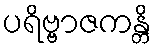
ပရိဗ္ဗာဇကန္တိ